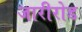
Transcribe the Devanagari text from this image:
जारीरोड